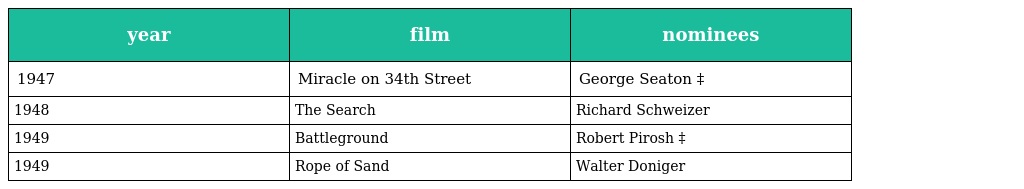
| year | film | nominees |
 | --- | --- | --- |
 | 1947 | Miracle on 34th Street | George Seaton ‡ |
 | 1948 | The Search | Richard Schweizer |
 | 1949 | Battleground | Robert Pirosh ‡ |
 | 1949 | Rope of Sand | Walter Doniger |